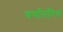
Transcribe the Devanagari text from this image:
वर्गांतरित